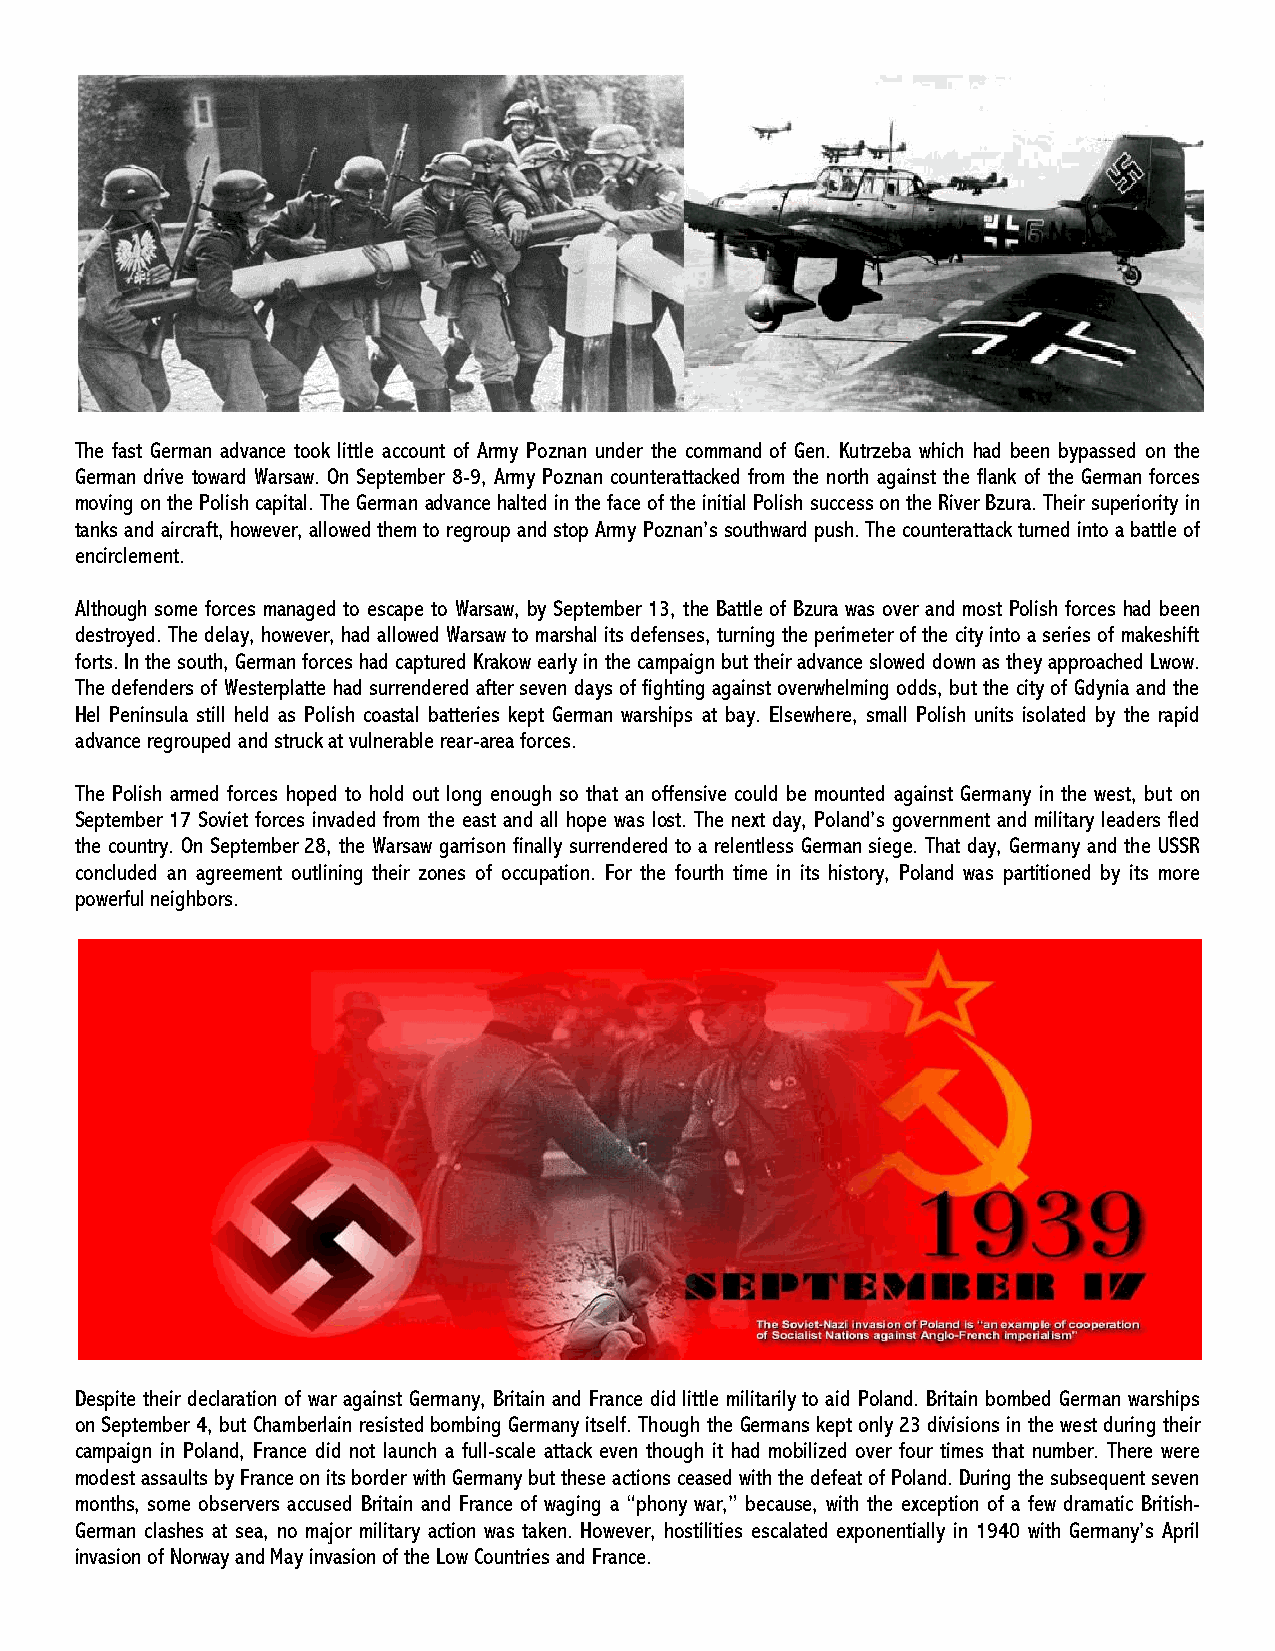
The fast German advance took little account of Army Poznan under the command of Gen. Kutrzeba which had been bypassed on the
 German drive toward Warsaw. On September 8-9, Army Poznan counterattacked from the north against the flank of the German forces
 moving on the Polish capital. The German advance halted in the face of the initial Polish success on the River Bzura. Their superiority in
 tanks and aircraft, however, allowed them to regroup and stop Army Poznan’s southward push. The counterattack turned into a battle of
 encirclement.
 Although some forces managed to escape to Warsaw, by September 13, the Battle of Bzura was over and most Polish forces had been
 destroyed. The delay, however, had allowed Warsaw to marshal its defenses, turning the perimeter of the city into a series of makeshift
 forts. In the south, German forces had captured Krakow early in the campaign but their advance slowed down as they approached Lwow.
 The defenders of Westerplatte had surrendered after seven days of fighting against overwhelming odds, but the city of Gdynia and the
 Hel Peninsula still held as Polish coastal batteries kept German warships at bay. Elsewhere, small Polish units isolated by the rapid
 advance regrouped and struck at vulnerable rear-area forces.
 The Polish armed forces hoped to hold out long enough so that an offensive could be mounted against Germany in the west, but on
 September 17 Soviet forces invaded from the east and all hope was lost. The next day, Poland’s government and military leaders fled
 the country. On September 28, the Warsaw garrison finally surrendered to a relentless German siege. That day, Germany and the USSR
 concluded an agreement outlining their zones of occupation. For the fourth time in its history, Poland was partitioned by its more
 powerful neighbors.
 Despite their declaration of war against Germany, Britain and France did little militarily to aid Poland. Britain bombed German warships
 on September 4, but Chamberlain resisted bombing Germany itself. Though the Germans kept only 23 divisions in the west during their
 campaign in Poland, France did not launch a full-scale attack even though it had mobilized over four times that number. There were
 modest assaults by France on its border with Germany but these actions ceased with the defeat of Poland. During the subsequent seven
 months, some observers accused Britain and France of waging a “phony war,” because, with the exception of a few dramatic British-
 German clashes at sea, no major military action was taken. However, hostilities escalated exponentially in 1940 with Germany’s April
 invasion of Norway and May invasion of the Low Countries and France.